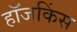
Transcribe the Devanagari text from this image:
हॉजकिंस